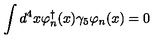
\int d ^ { 4 } x \varphi _ { n } ^ { \dagger } ( x ) \gamma _ { 5 } \varphi _ { n } ( x ) = 0